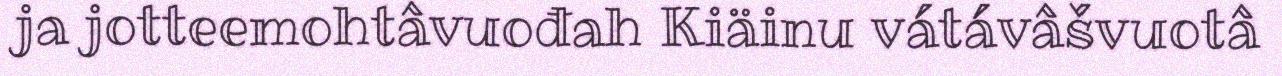
ja jotteemohtâvuođah Kiäinu vátávâšvuotâ